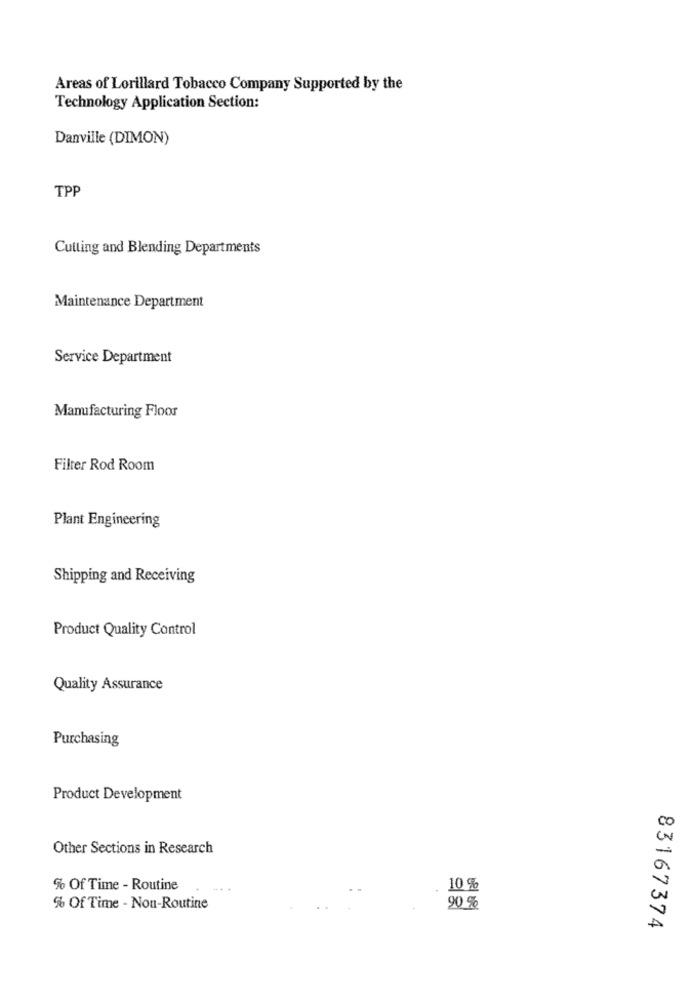
Areas of Lorillard Tobacco Company Supported by the
Technology Application Section:
Danville (DIMON)
TPP
Cutting and Blending Departments
Maintenance Department
Service Department
Manufacturing Floor
Filter Rod Room
Plant Engineering
Shipping and Receiving
Product Quality Control
Quality Assurance
Purchasing
Product Development
CC
Other Sections in Research
% Of Time - Routine
10 %
% Of Time - Non-Routine
90 %
A
83167374